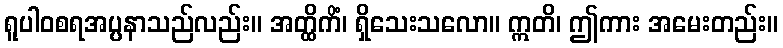
ရူပါဝစရအပ္ပနာသည်လည်း။ အတ္ထိကိံ၊ ရှိသေးသလော။ ဣတိ၊ ဤကား အမေးတည်း။